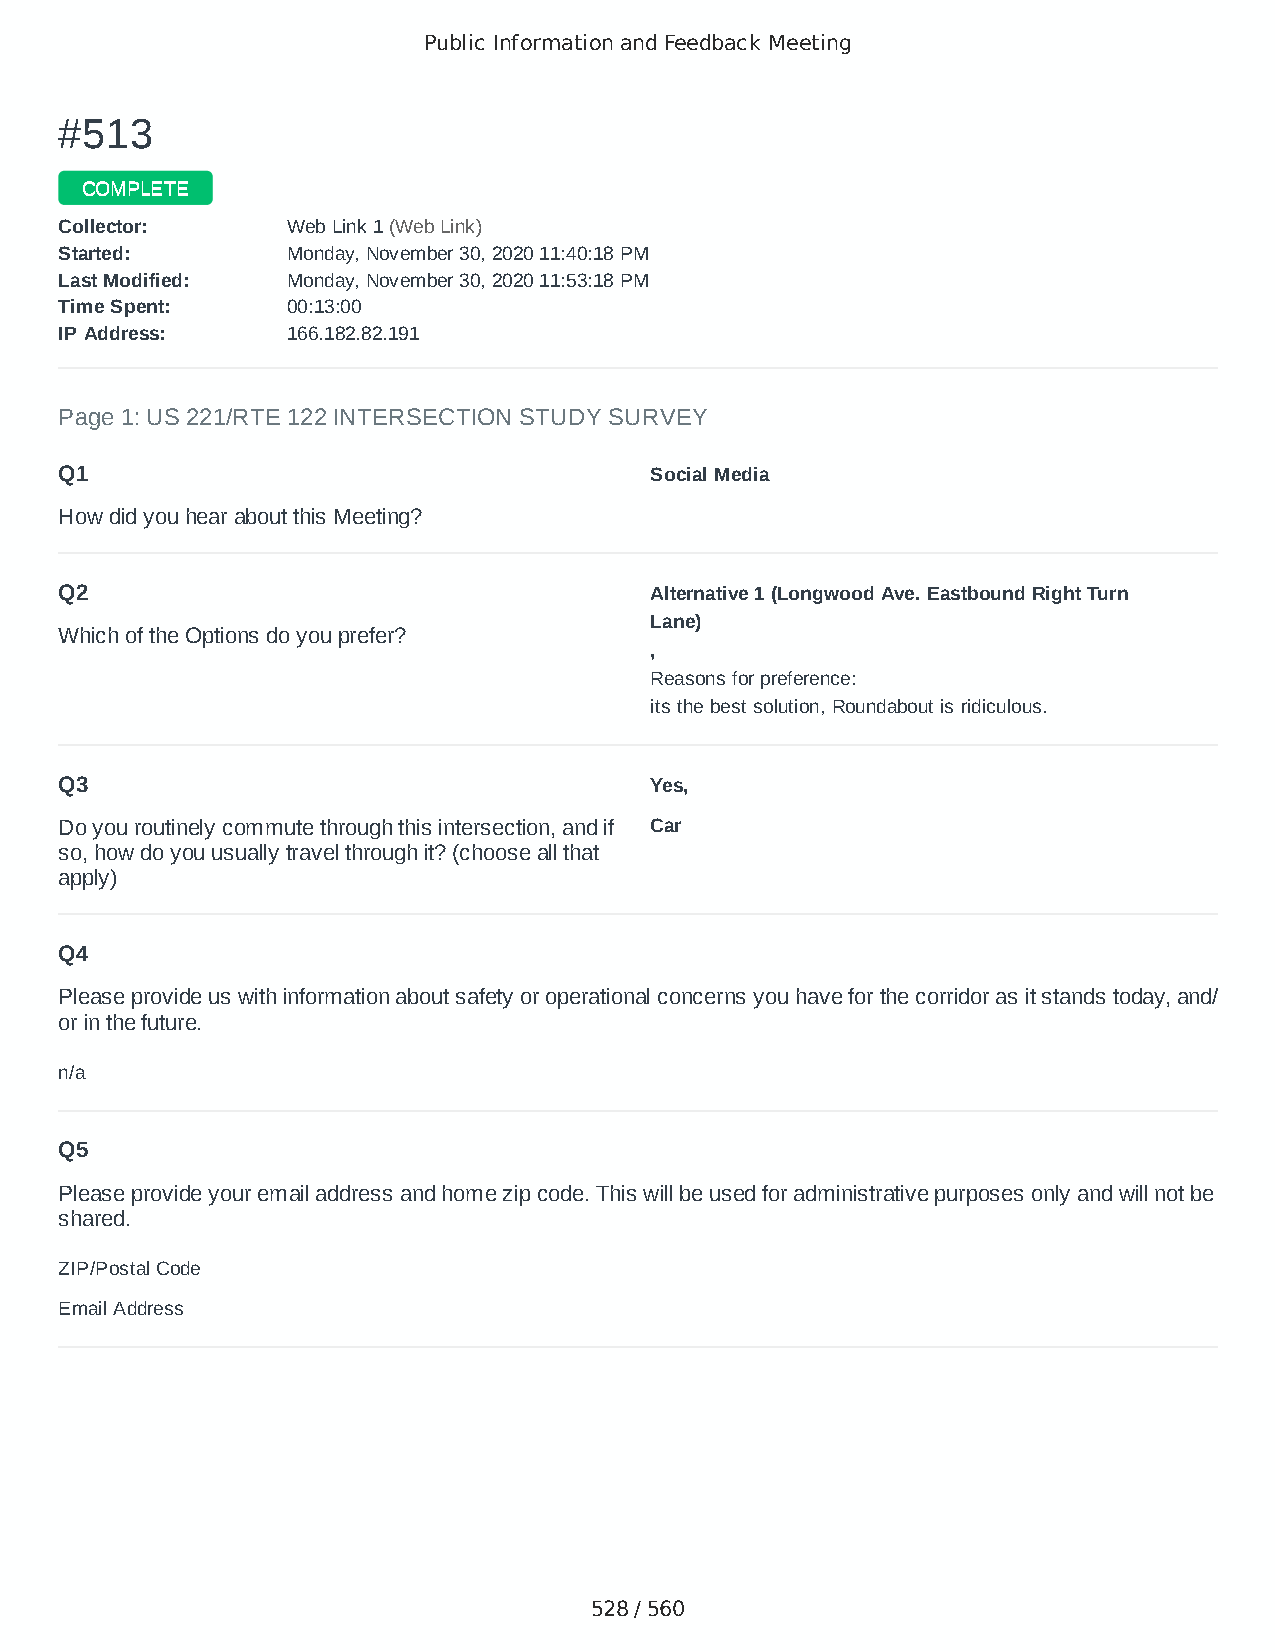
Public Information and Feedback Meeting
 ##551133
 CCOOMMPPLLEETTEE
 CCoolllleeccttoorr:: WWeebb LLiinnkk 11 ((WWeebb LLiinnkk))
 SSttaarrtteedd:: MMoonnddaayy,, NNoovveemmbbeerr 3300,, 22002200 1111::4400::1188 PPMM
 LLaasstt MMooddiiffiieedd:: MMoonnddaayy,, NNoovveemmbbeerr 3300,, 22002200 1111::5533::1188 PPMM
 TTiimmee SSppeenntt:: 0000::1133::0000
 IIPP AAddddrreessss:: 116666..118822..8822..119911
 Page 1: US 221/RTE 122 INTERSECTION STUDY SURVEY
 Q1                                     Social Media
 How did you hear about this Meeting?
 Q2                                     Alternative 1 (Longwood Ave. Eastbound Right Turn
 Lane)
 Which of the Options do you prefer?
 ,
 Reasons for preference:
 its the best solution, Roundabout is ridiculous.
 Q3                                     Yes,
 Do you routinely commute through this intersection, and if Car
 so, how do you usually travel through it? (choose all that
 apply)
 Q4
 Please provide us with information about safety or operational concerns you have for the corridor as it stands today, and/
 or in the future.
 n/a
 Q5
 Please provide your email address and home zip code. This will be used for administrative purposes only and will not be
 shared.
 ZIP/Postal Code                        24523
 Email Address                          randolphkarnes3@gmail.com
 528 / 560